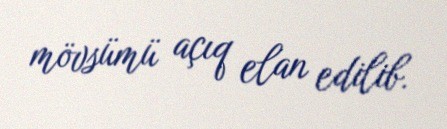
mövsümü açıq elan edilib.